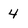
Character: 4